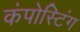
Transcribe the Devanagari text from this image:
कंपोस्टिंग